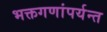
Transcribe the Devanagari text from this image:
भक्तगणांपर्यन्त